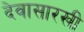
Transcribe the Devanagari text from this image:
देवासारखी